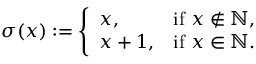
\sigma ( x ) : = { \left\{ \begin{array} { l l } { x , } & { { \mathrm { i f ~ } } x \not \in \mathbb { N } , } \\ { x + 1 , } & { { \mathrm { i f ~ } } x \in \mathbb { N } . } \end{array} \right. }